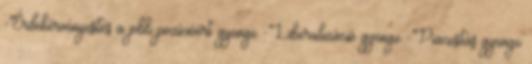
-Érdekérvényesítés a jobb pozícióért gyenge -Liberalizáció gyenge -Piacosítás gyenge